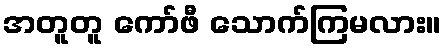
အတူတူ ကော်ဖီ သောက်ကြမလား။